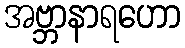
အဗ္ဘာနာရဟော